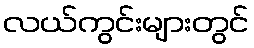
လယ်ကွင်းများတွင်